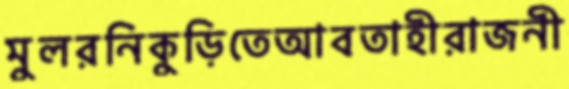
মুলরনিকুড়িতেআবতাহীরাজনী